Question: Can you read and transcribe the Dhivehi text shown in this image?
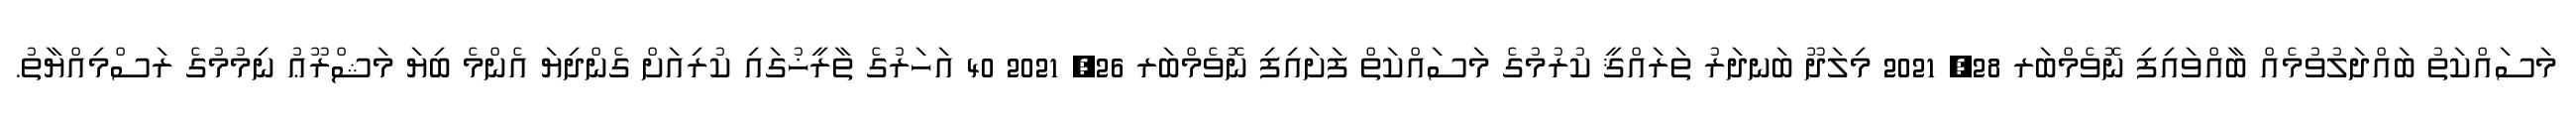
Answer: މަސައްކަތު ބައްދަލުވުމެއް ބާއްވައިފި ނޮވެމްބަރ 28, 2021 މިލަދޫ ބަނދަރު ތަރައްޤީ ކުރުމުގެ މަސައްކަތް ފަށައިފި ނޮވެމްބަރ 26, 2021 40 އަހަރުގެ ތާރީޚުގައި ކުރިއަށް ގެންދިޔަ އެންމެ ބިޔަ މަޝްރޫޢު ނިމުމުގެ ރަސްމިއްޔާތު.